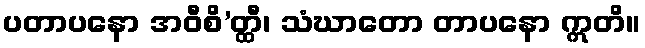
ပတာပနော အဝီစိ’တ္ထီ၊ သံဃာတော တာပနော ဣတိ။